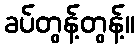
ခပ်တွန့်တွန့်။